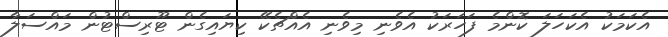
އެކަމަކު އެކަހަލަ ކޮންމެ ފަހަރަކު އެވެނި މިވެނި އެއްޗެކޭ ކިޔައިގެން ޓޫރިސްޓުން މައްސަލާ